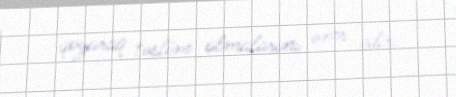
qoyaraq təslim olmalarını əmr edir.